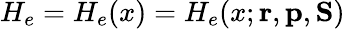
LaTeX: H_{e}=H_{e}(x)=H_{e}(x;{\mathbf{r}},{\mathbf{p}},{\mathbf{S}})